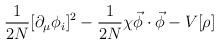
LaTeX: \begin{align*}\frac{1}{2 N} [\partial_\mu \phi_i ]^2-\frac{1}{2 N } \chi {\vec \phi \cdot \vec \phi}- V[{\rho}]\end{align*}